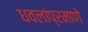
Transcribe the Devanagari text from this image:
धवलांप्रमाणे